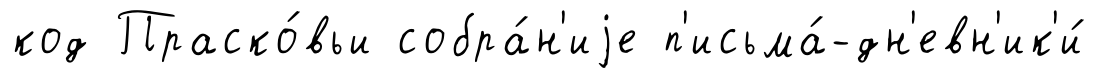
код Праско́вьи собра́н'иjе п'исьма́-дн'евн'ик'и́